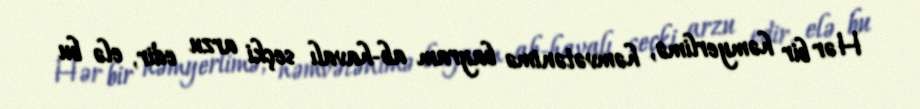
Hər bir həmyerlimə, həmvətənimə bayram ab-havalı seçki arzu edir, elə bu